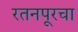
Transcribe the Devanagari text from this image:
रतनपूरचा